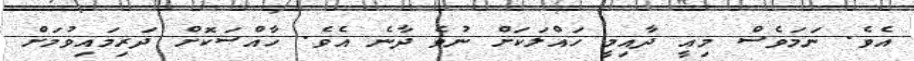
އެވެ. ނަމަވެސް މިއީ ދާއިމީ ހައްލަކަށް ނުވެ ދާނެ އެވެ. ހާއްސަކޮށް ދަރިމައިވުމަށް